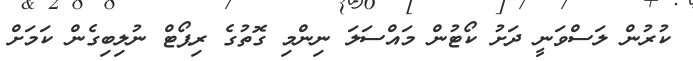
ކުރުން ލަސްވަނީ ދަށު ކޯޓުން މައްސަލަ ނިންމި ގޮތުގެ ރިޕޯޓް ނުލިބިގެން ކަމަށް